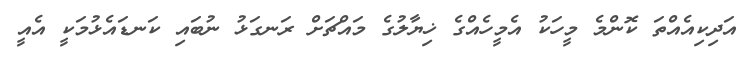
އަދިކިއެއްތަ ކޮންމެ މީހަކު އެމީހެއްގެ ޚިޔާލުގެ މައްޗަށް ރަނގަޅު ނުބައި ކަނޑައެޅުމަކީ އެއީ